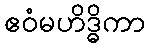
ဧဝံမဟိဒ္ဓိကာ